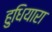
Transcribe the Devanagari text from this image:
हुधियारा